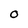
Character: O